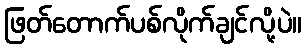
ဖြတ်တောက်ပစ်လိုက်ချင်လို့ပဲ။